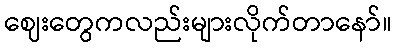
ဈေးတွေကလည်းများလိုက်တာနော်။